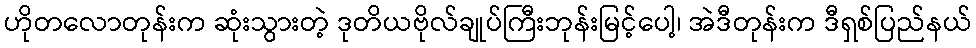
ဟိုတလောတုန်းက ဆုံးသွားတဲ့ ဒုတိယဗိုလ်ချုပ်ကြီးဘုန်းမြင့်ပေါ့၊ အဲဒီတုန်းက ဒီရှစ်ပြည်နယ်